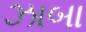
ઝાબા